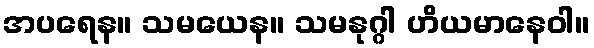
အပရေန။ သမယေန။ သမနုဂ္ဂါ ဟိယမာနေဝါ။